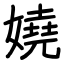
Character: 嬈